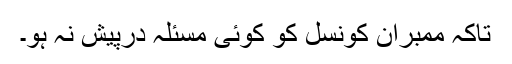
تاکہ ممبران کونسل کو کوئی مسئلہ درپیش نہ ہو۔